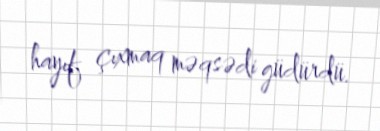
hayıf çıxmaq məqsədi güdürdü.